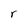
Character: r